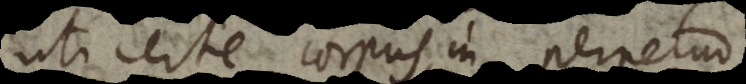
uti certe corpus in perpetuo